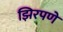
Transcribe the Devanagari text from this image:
झिरपणे